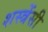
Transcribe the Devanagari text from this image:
शस्त्रेंसी